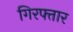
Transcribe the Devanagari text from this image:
गिरफ्तार